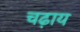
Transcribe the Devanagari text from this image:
चढ़ाय